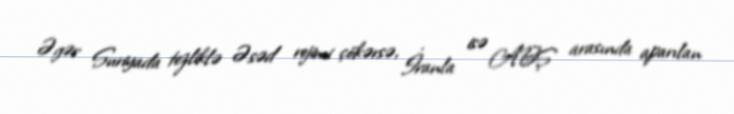
Əgər Suriyada tezliklə Əsəd rejimi çökərsə, İranla isə ABŞ arasında aparılan